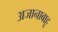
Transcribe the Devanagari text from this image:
अजानाबाहू